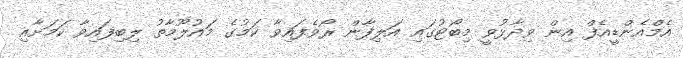
އެމްއެންޑީއެފް އިން ވިދާޅުވީ މިބޯޓުގައި އަލިފާން ރޯވެފައިވާ ކަމުގެ މައުލޫމާތު ލިބިފައިވާ ކަމަށާއި